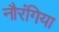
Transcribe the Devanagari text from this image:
नौरंगिया